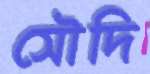
সৌদি